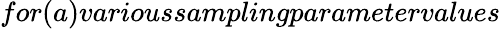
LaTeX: for(a)varioussamplingparametervalues